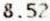
8.52